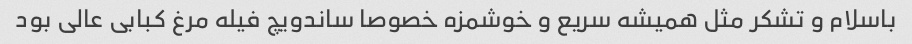
باسلام و تشکر مثل همیشه سریع و خوشمزه خصوصا ساندویچ فیله مرغ کبابی عالی بود